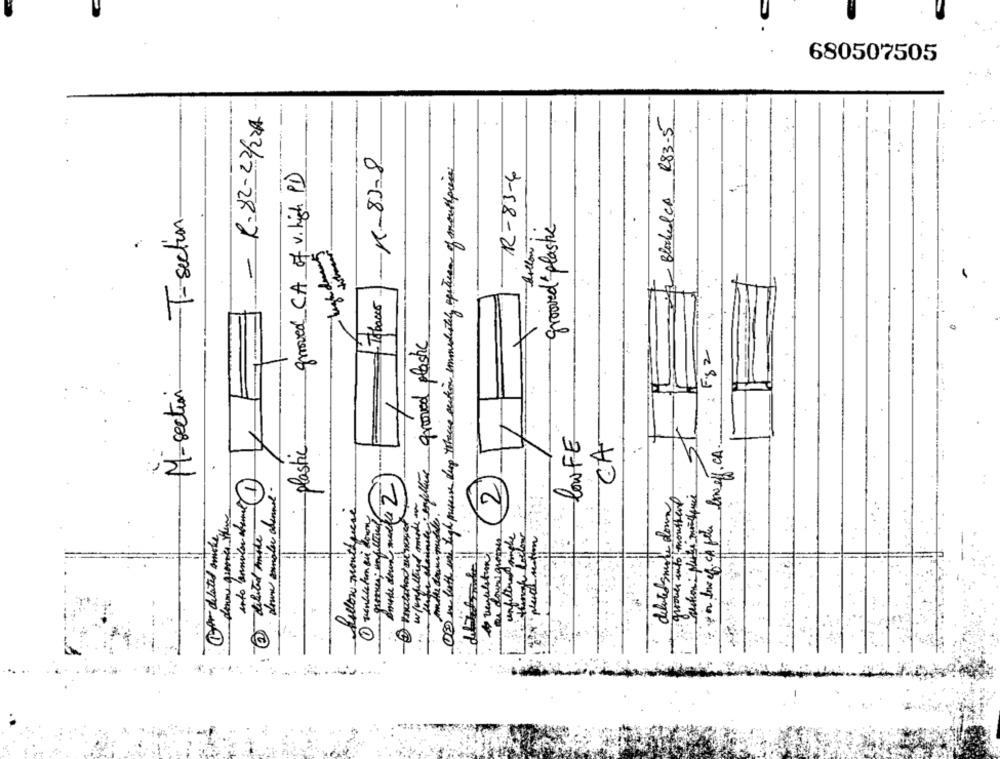
680507505
- R.82-22/221
Blocked CA R$3-5
:
-K-83-8
02 we both and high presure drop theuse ection immediately opsturen of mouthpress.
groved CA of v. high PD)
R-83-4
M_section T-section
groomed plastic
-Tobacco
grooved plastic
F82
lowFE
plastic
CA
i ya Power cable lowelf. CA.
2
w/unfiltered maston
quoule into moussert
dilited mode 1.
follow mouthpiece
1 tenhleturn on howny
(W)
Gor delated smoke
Hangh Codlow
placed section
debuted smoke dos
unfilled simple
denne grosses
2